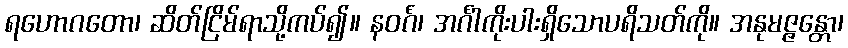
ရဟောဂတော၊ ဆိတ်ငြိမ်ရာသို့ကပ်၍။ နဝင်္ဂံ၊ အင်္ဂါကိုးပါးရှိသောပရိသတ်ကို။ အနုမဇ္ဇန္တော၊